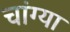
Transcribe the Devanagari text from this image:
चांग्या